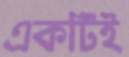
একটিই